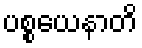
ပစ္စယေနာတိ